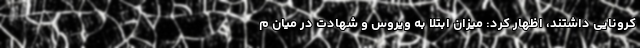
کرونایی داشتند، اظهار کرد: میزان ابتلا به ویروس و شهادت در میان م